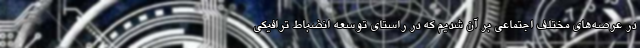
در عرصه‌های مختلف اجتماعی بر آن شدیم که در راستای توسعه انضباط ترافیکی